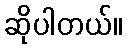
ဆိုပါတယ်။